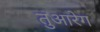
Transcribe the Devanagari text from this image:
तुआरेग